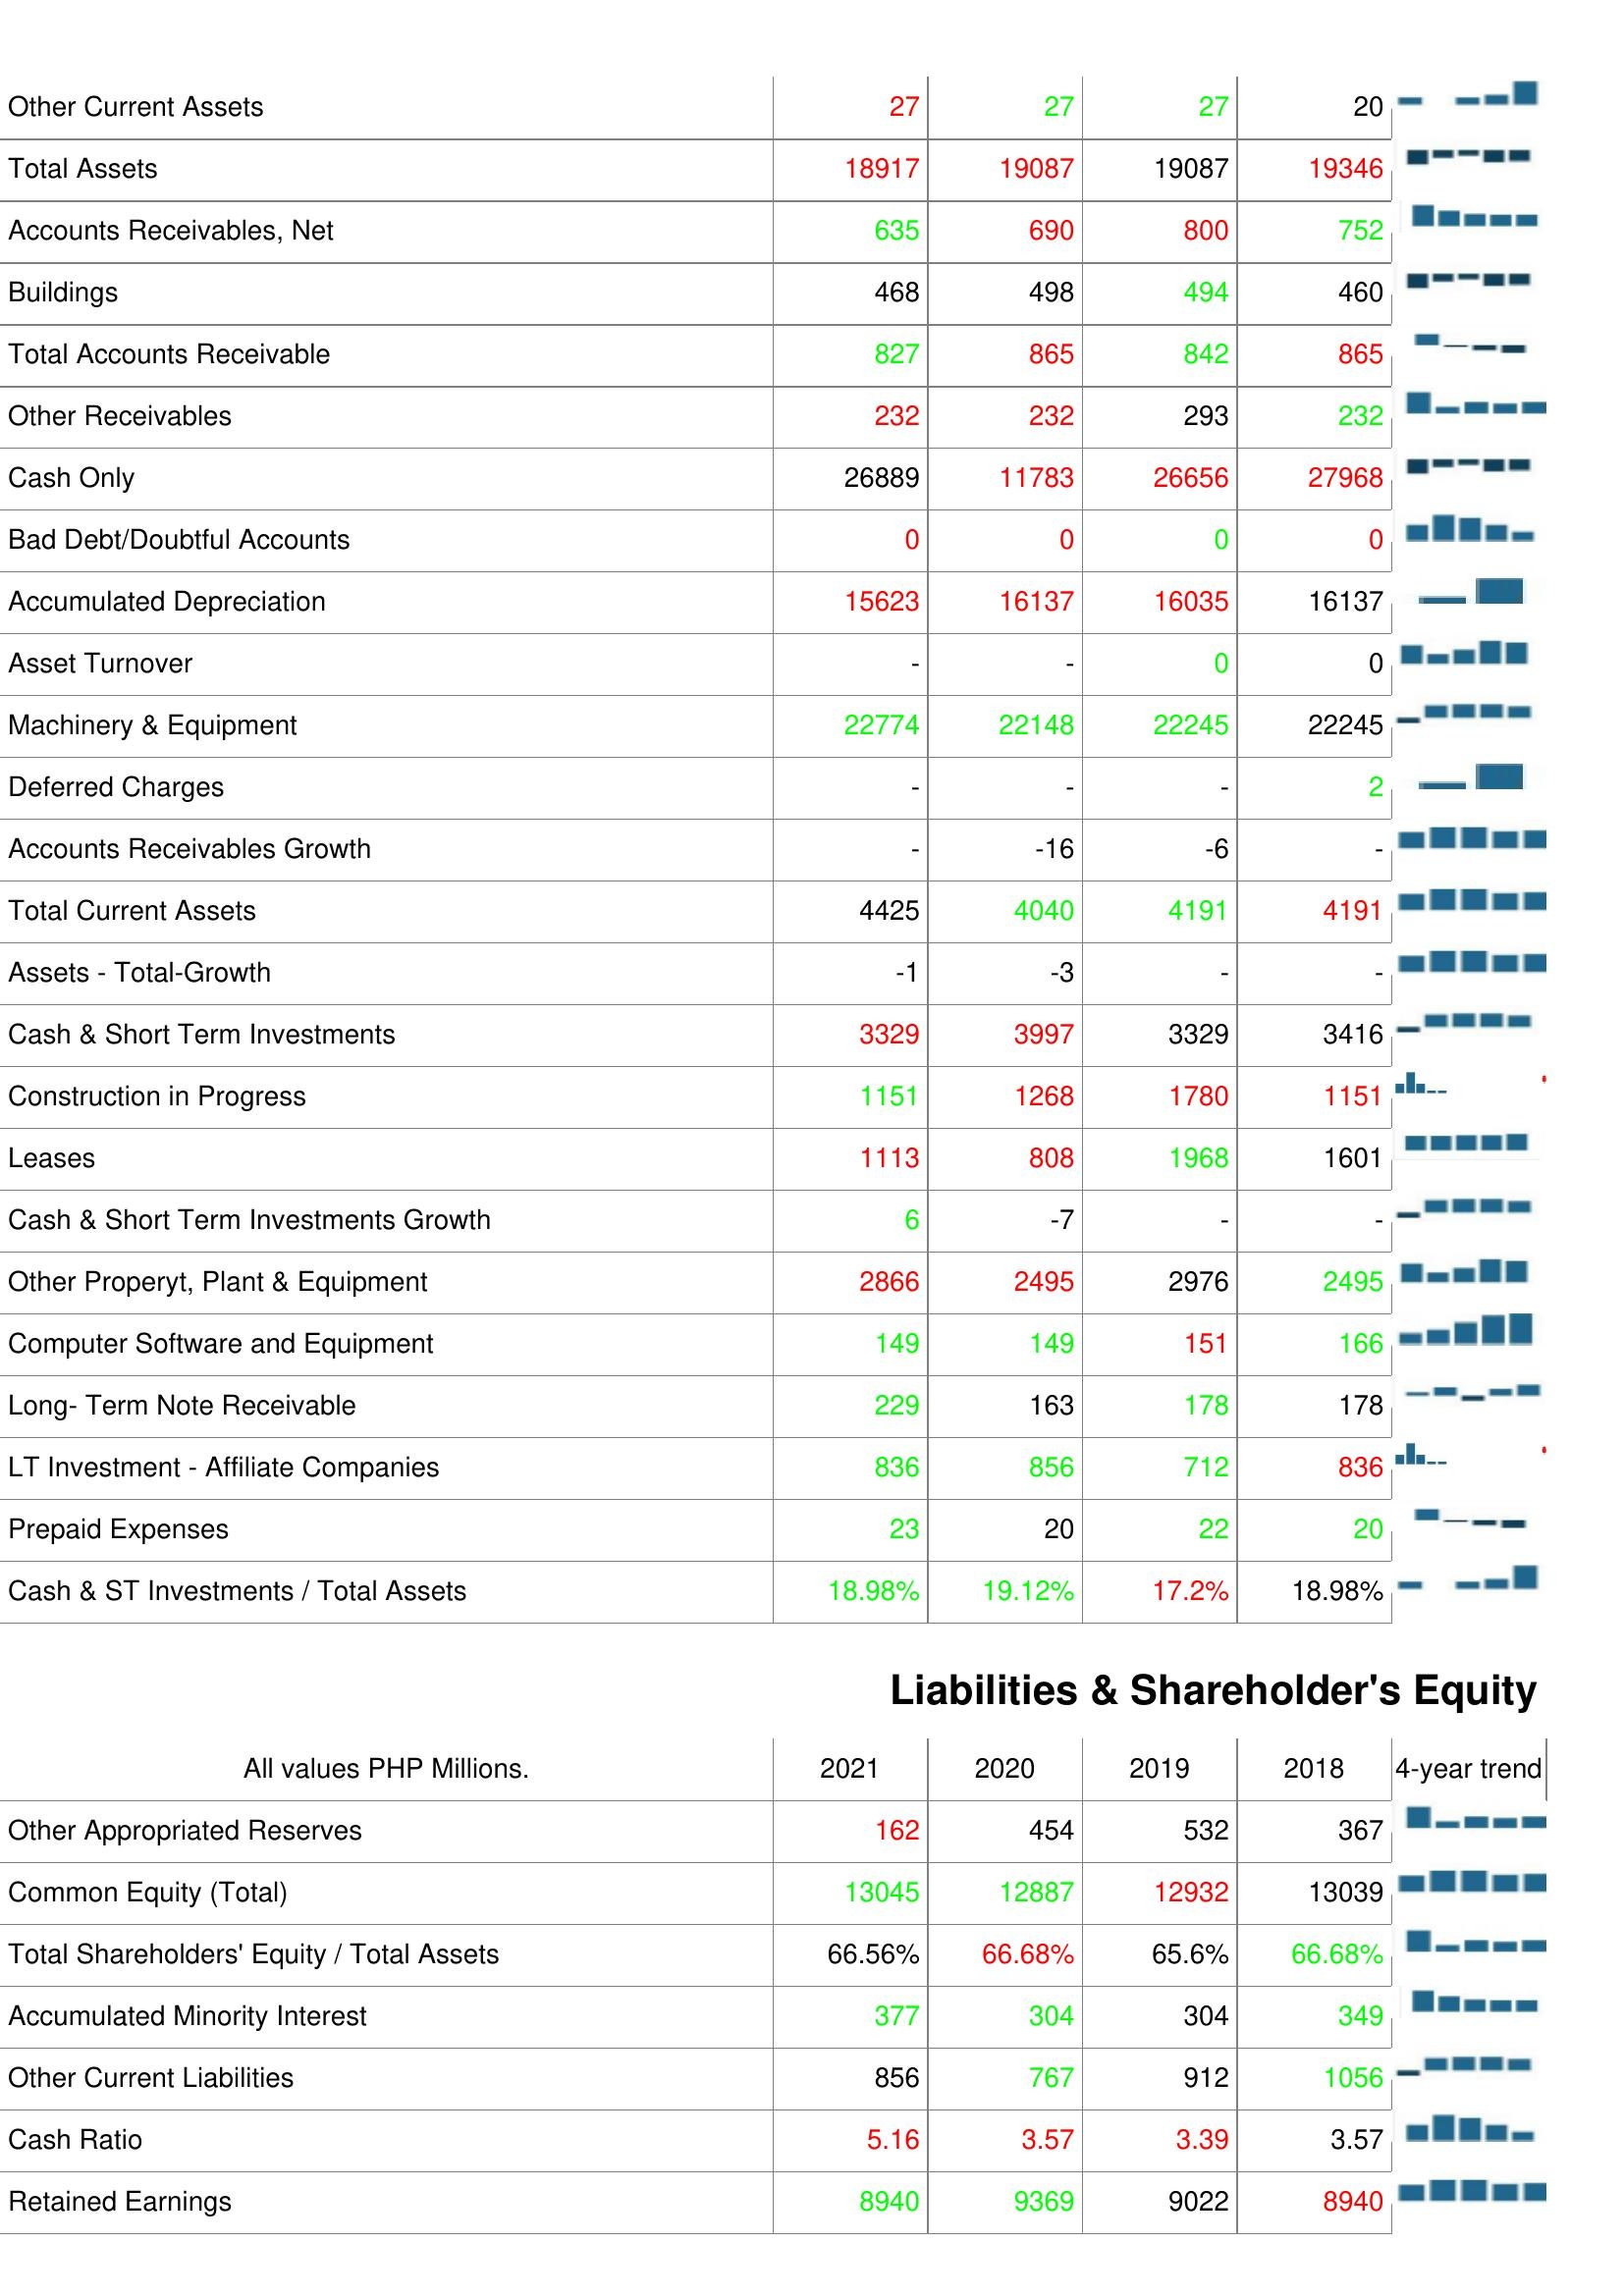
2021: Assets: Other Current Assets: 27
Total Assets: 18917
Accounts Receivables, Net: 635
Buildings: 468
Total Accounts Receivable: 827
Other Receivables: 232
Cash Only: 26889
Bad Debt/Doubtful Accounts: 0
Accumulated Depreciation: 15623
Asset Turnover: -
Machinery & Equipment: 22774
Deferred Charges: -
Accounts Receivables Growth: -
Total Current Assets: 4425
Assets - Total-Growth: -1
Cash & Short Term Investments: 3329
Construction in Progress: 1151
Leases: 1113
Cash & Short Term Investments Growth: 6
Other Properyt, Plant & Equipment: 2866
Computer Software and Equipment: 149
Long- Term Note Receivable: 229
LT Investment - Affiliate Companies: 836
Prepaid Expenses: 23
Cash & ST Investments / Total Assets: 18.98%
Liabilities & Shareholder's Equity: Other Appropriated Reserves: 162
Common Equity (Total): 13045
Total Shareholders' Equity / Total Assets: 66.56%
Accumulated Minority Interest: 377
Other Current Liabilities: 856
Cash Ratio: 5.16
Retained Earnings: 8940
2020: Assets: Other Current Assets: 27
Total Assets: 19087
Accounts Receivables, Net: 690
Buildings: 498
Total Accounts Receivable: 865
Other Receivables: 232
Cash Only: 11783
Bad Debt/Doubtful Accounts: 0
Accumulated Depreciation: 16137
Asset Turnover: -
Machinery & Equipment: 22148
Deferred Charges: -
Accounts Receivables Growth: -16
Total Current Assets: 4040
Assets - Total-Growth: -3
Cash & Short Term Investments: 3997
Construction in Progress: 1268
Leases: 808
Cash & Short Term Investments Growth: -7
Other Properyt, Plant & Equipment: 2495
Computer Software and Equipment: 149
Long- Term Note Receivable: 163
LT Investment - Affiliate Companies: 856
Prepaid Expenses: 20
Cash & ST Investments / Total Assets: 19.12%
Liabilities & Shareholder's Equity: Other Appropriated Reserves: 454
Common Equity (Total): 12887
Total Shareholders' Equity / Total Assets: 66.68%
Accumulated Minority Interest: 304
Other Current Liabilities: 767
Cash Ratio: 3.57
Retained Earnings: 9369
2019: Assets: Other Current Assets: 27
Total Assets: 19087
Accounts Receivables, Net: 800
Buildings: 494
Total Accounts Receivable: 842
Other Receivables: 293
Cash Only: 26656
Bad Debt/Doubtful Accounts: 0
Accumulated Depreciation: 16035
Asset Turnover: 0
Machinery & Equipment: 22245
Deferred Charges: -
Accounts Receivables Growth: -6
Total Current Assets: 4191
Assets - Total-Growth: -
Cash & Short Term Investments: 3329
Construction in Progress: 1780
Leases: 1968
Cash & Short Term Investments Growth: -
Other Properyt, Plant & Equipment: 2976
Computer Software and Equipment: 151
Long- Term Note Receivable: 178
LT Investment - Affiliate Companies: 712
Prepaid Expenses: 22
Cash & ST Investments / Total Assets: 17.2%
Liabilities & Shareholder's Equity: Other Appropriated Reserves: 532
Common Equity (Total): 12932
Total Shareholders' Equity / Total Assets: 65.6%
Accumulated Minority Interest: 304
Other Current Liabilities: 912
Cash Ratio: 3.39
Retained Earnings: 9022
2018: Assets: Other Current Assets: 20
Total Assets: 19346
Accounts Receivables, Net: 752
Buildings: 460
Total Accounts Receivable: 865
Other Receivables: 232
Cash Only: 27968
Bad Debt/Doubtful Accounts: 0
Accumulated Depreciation: 16137
Asset Turnover: 0
Machinery & Equipment: 22245
Deferred Charges: 2
Accounts Receivables Growth: -
Total Current Assets: 4191
Assets - Total-Growth: -
Cash & Short Term Investments: 3416
Construction in Progress: 1151
Leases: 1601
Cash & Short Term Investments Growth: -
Other Properyt, Plant & Equipment: 2495
Computer Software and Equipment: 166
Long- Term Note Receivable: 178
LT Investment - Affiliate Companies: 836
Prepaid Expenses: 20
Cash & ST Investments / Total Assets: 18.98%
Liabilities & Shareholder's Equity: Other Appropriated Reserves: 367
Common Equity (Total): 13039
Total Shareholders' Equity / Total Assets: 66.68%
Accumulated Minority Interest: 349
Other Current Liabilities: 1056
Cash Ratio: 3.57
Retained Earnings: 8940